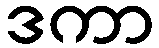
ဒကာ